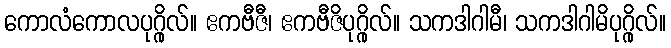
ကောလံကောလပုဂ္ဂိုလ်။ ဧကဗီဇီ၊ ဧကဗီဇိပုဂ္ဂိုလ်။ သကဒါဂါမီ၊ သကဒါဂါမိပုဂ္ဂိုလ်။